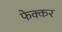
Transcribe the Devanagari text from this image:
फेक्कर